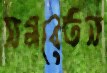
সমবেতন